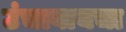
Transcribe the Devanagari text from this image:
उंचावायचा